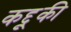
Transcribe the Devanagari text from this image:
कद्दूकी